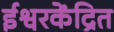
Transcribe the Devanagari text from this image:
ईश्वरकेंद्रित